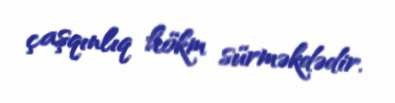
çaşqınlıq hökm sürməkdədir.